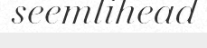
seemlihead